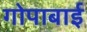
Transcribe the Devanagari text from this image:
गोपाबाई